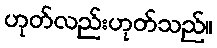
ဟုတ်လည်းဟုတ်သည်။